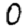
Digit: 0